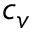
c _ { v }